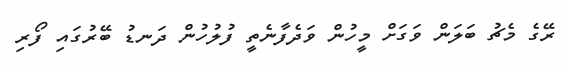
ރޭގެ މެޗު ބަލަން ވަގަށް މީހުން ވަދެފާނެތީ ފުލުހުން ދަނޑު ބޭރުގައި ފޯރި